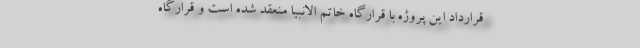
قرارداد این پروژه با قرارگاه خاتم الانبیا منعقد شده است و قرارگاه